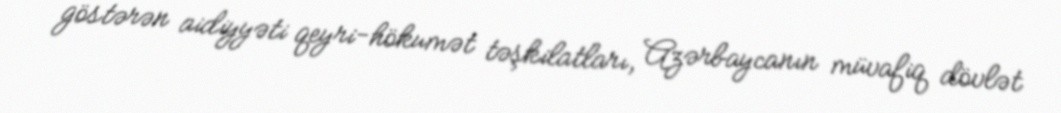
göstərən aidiyyəti qeyri-hökumət təşkilatları, Azərbaycanın müvafiq dövlət